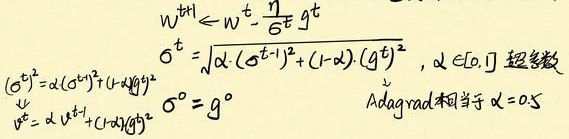
\[
\begin{align*}
w^{t + 1}&\Leftarrow w^{t}-\frac{\eta}{\delta^{t}}g^{t}\\
\delta^{t}&=\sqrt{\alpha\cdot(\delta^{t - 1})^{2}+(1 - \alpha)\cdot(g^{t})^{2}},\ \alpha\in[0,1] \text{是超参数}\\
(\sigma^{t})^{2}&=\alpha(\sigma^{t - 1})^{2}+(1 - \alpha)(g^{t})^{2}\\
\sigma^{0}&=g^{0}\\
\nu^{t}&=\alpha\nu^{t - 1}+(1 - \alpha)(g^{t})^{2}\\
\end{align*}
\]
Adagrad相当于\(\alpha = 0.5\)。